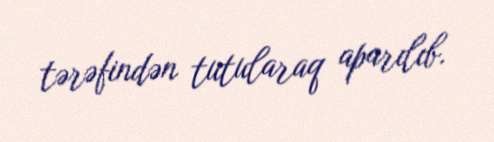
tərəfindən tutularaq aparılıb.